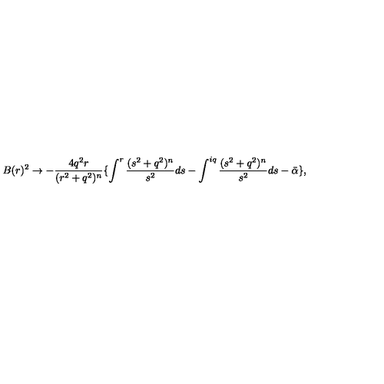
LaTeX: B ( r ) ^ { 2 } \rightarrow - \frac { 4 q ^ { 2 } r } { ( r ^ { 2 } + q ^ { 2 } ) ^ { n } } \lbrace \int ^ { r } \frac { ( s ^ { 2 } + q ^ { 2 } ) ^ { n } } { s ^ { 2 } } d s - \int ^ { i q } \frac { ( s ^ { 2 } + q ^ { 2 } ) ^ { n } } { s ^ { 2 } } d s - \bar { \alpha } \rbrace ,